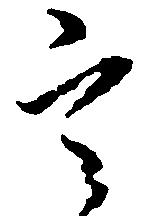
定